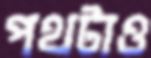
পথটাও